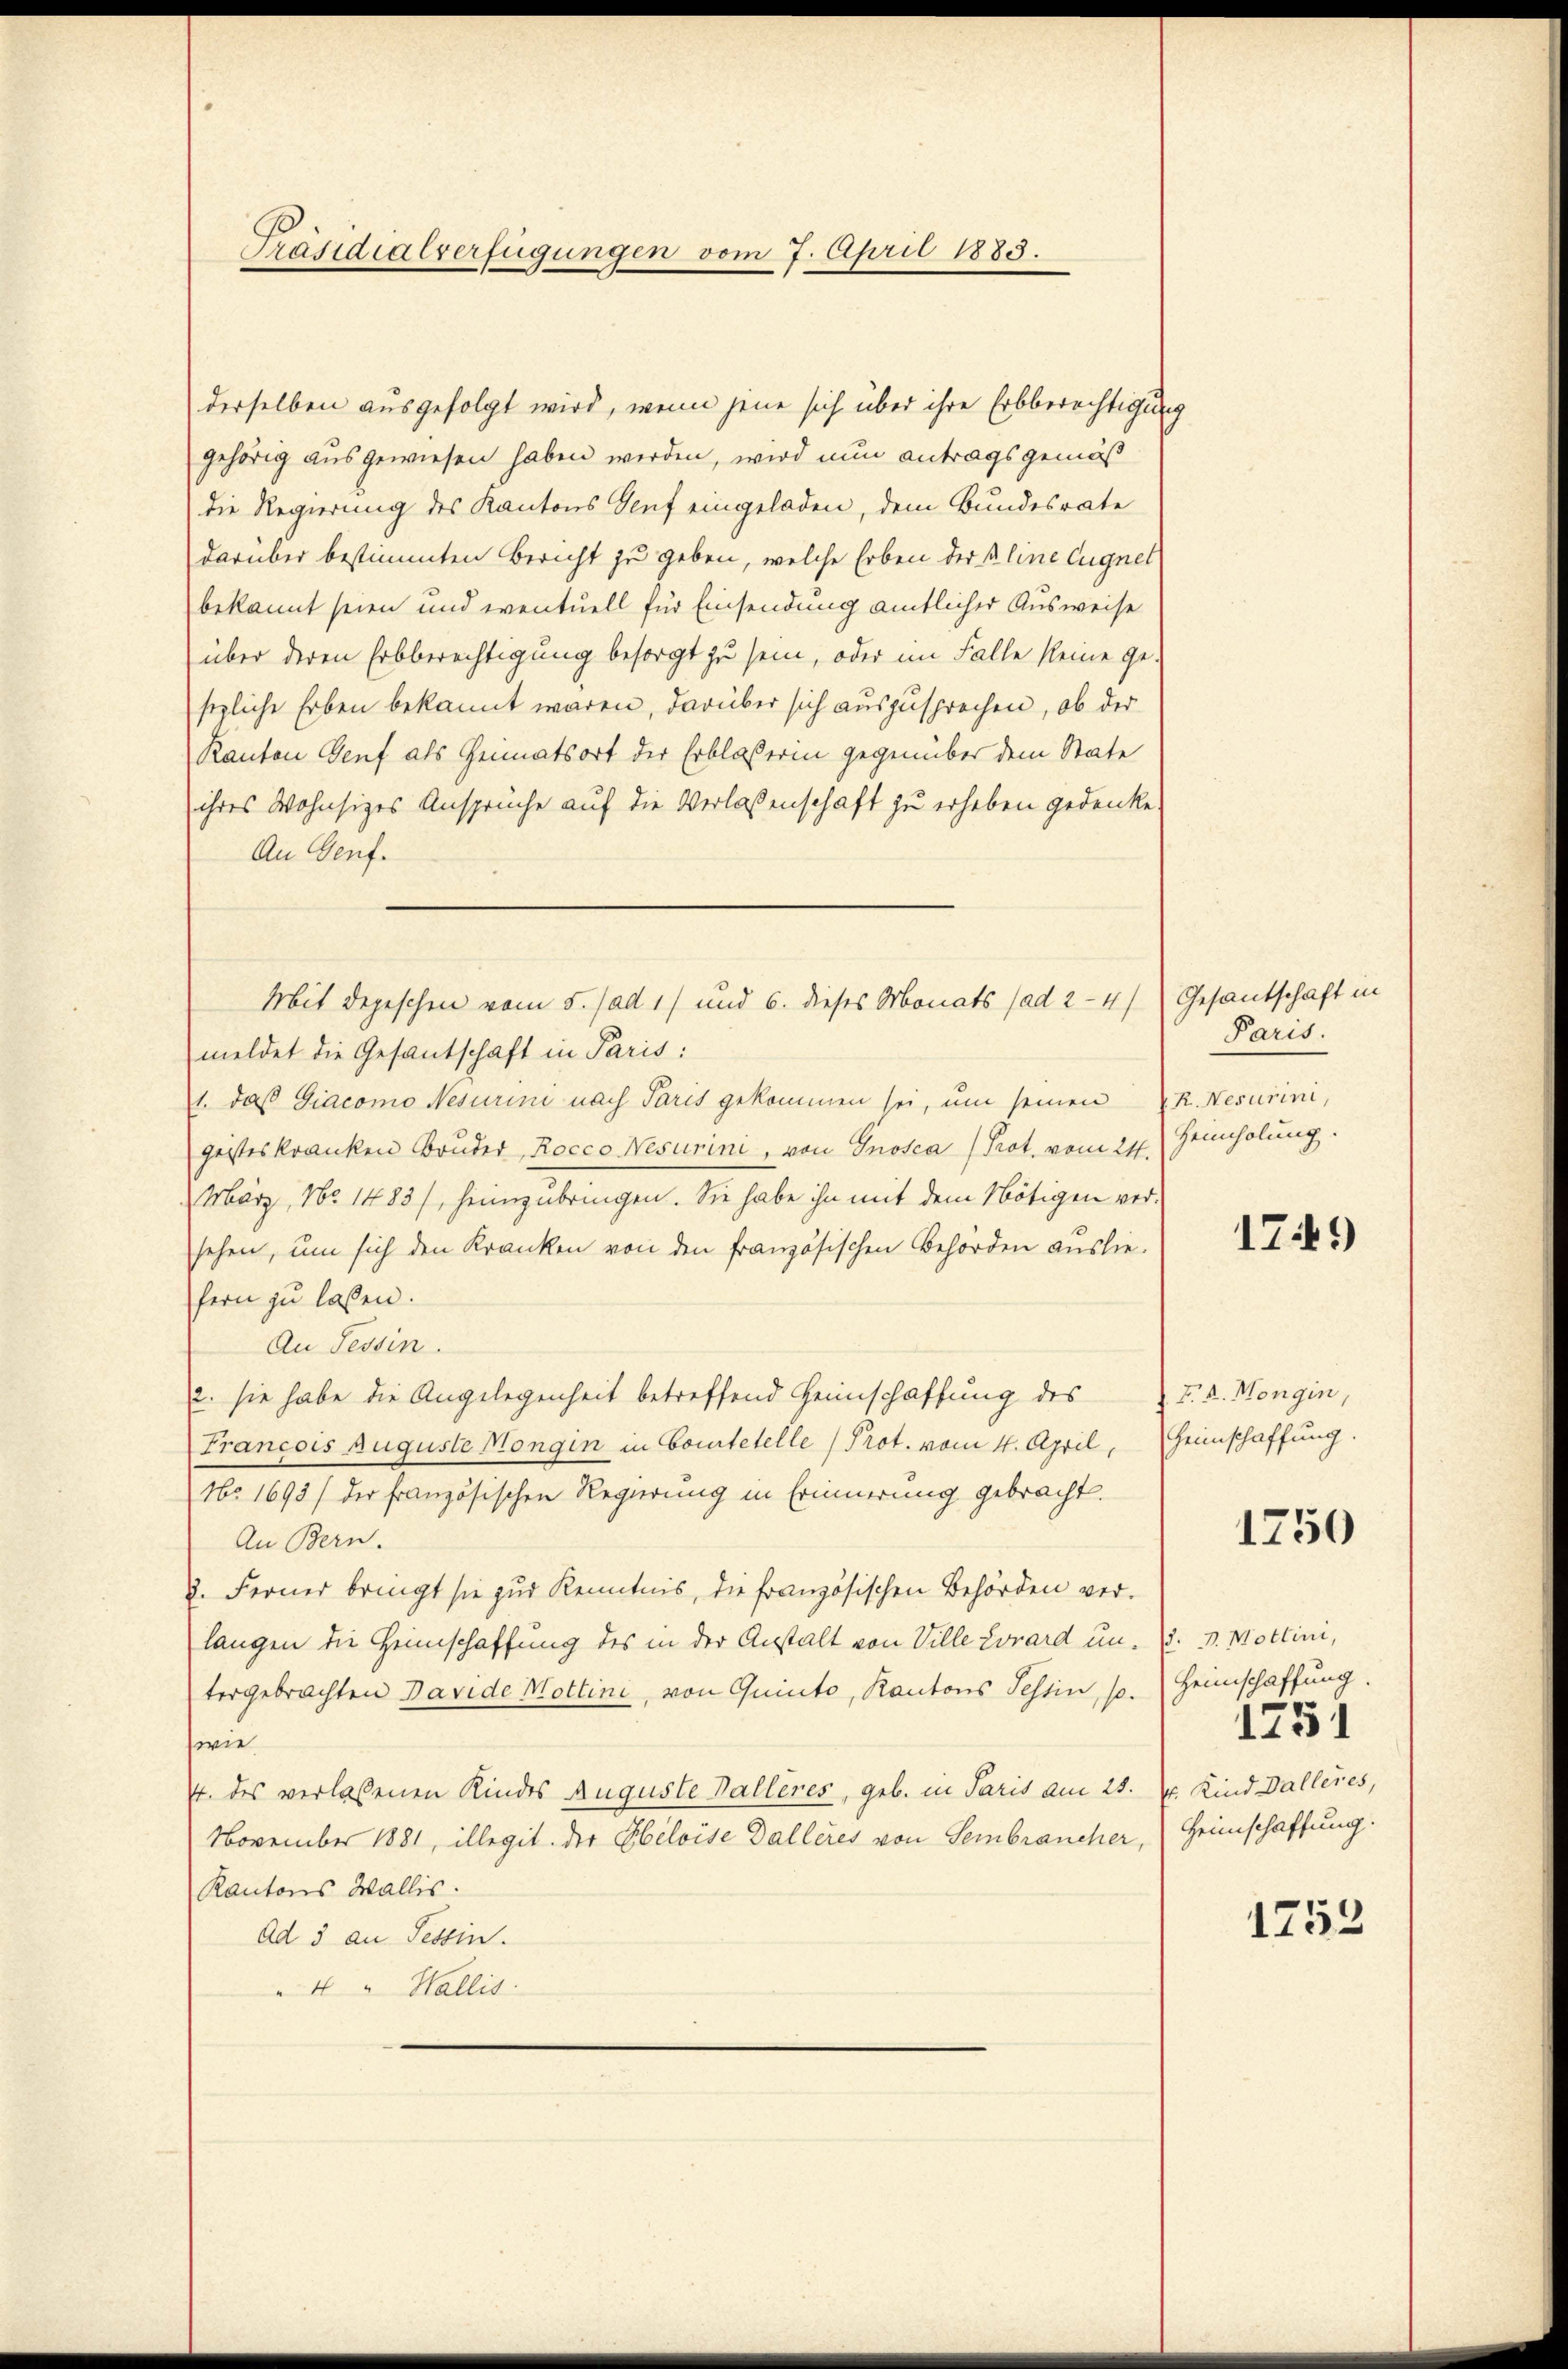
Präsidialverfügungen vom 7. April 1883.

derselben ausgefolgt wird, wenn jene sich über ihre Erbberechtigung
gehörig ausgewiesen haben werden, wird nun antragsgemäß
die Regierung des Kantons Genf eingeladen, dem Bundesrate
darüber bestimmten Bericht zu geben, welche Erben der Bline Eugnet
bekannt seien und eventuell für Einsendung amtlicher Ausweise
über deren Erbberechtigung besorgt zu sein, oder im Falle keine ge-
sezliche Erben bekannt waren, darüber sich auszusprechen, ob der
Kanton Genf als Heimatsort der Erblasserin gegenüber dem State
ihres Wohnsizes Ansprüche auf die Verlassenschaft zu erheben gedenke
An Genf.
meldet die Gesantschaft in Paris:
1. daß Giacomo Nesurini nach Paris gekommen sei, um seinen R. Nesurini,
geisteskranken Bruder Rocco Nesurini, von Gnosca (Prot. vom 21. Heinholung.
März, No 1483/, heimzubringen. Sie habe ihn mit dem Nötigen versehen, um sich den Kranken von den französischen Behörden ausliefern zu lassen.
An Tessin.
2. sie habe die Angelegenheit betreffend Heimschaffung des F. v. Mongin,
Francois Auguste Mongin in Courtetelle (Prot. vom 4. April, Heimschaffung.
No. 1693/ der französischen Regierung in Erinnerung gebracht.
An Bern.
2. Ferner bringt sie zur Kenntnis, die französischen Behörden verlangen die Heimschaffung des in der Anstalt von Ville Vorard un. P. v. Mottini,
tergebrachten Davide Mottini, von Quinto, Kantons Tessin, s. Heimschaffung.
wie
t. des verlassenen Kindes Auguste Valleres, geb. in Paris am 25. E. Kind Dalleres,
November 1881, illegit der Ebeloise Dalleres von Sembraucher,
Kantons Wallis.
Ad 3 an Tessin.
4 " Wallis

Mit depeschen vom 5. (ad 17 und 6. dieses Monats (ad 2-4) (Gesantschaft in

Paris.

1749)

1750

1751
Heimschaffung.

1753